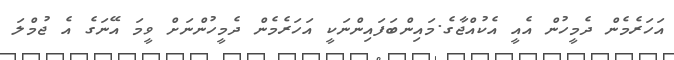
އަހަރެމެން ދެމީހުން އެއީ އެކުއްޖާގެ.މައިންބަފައިންނަކީ އަހަރެމެން ދެމީހުންނަށް ވީމަ އޭނަގެ އެ ޖުމްލަ